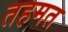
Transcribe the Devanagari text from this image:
तहमत